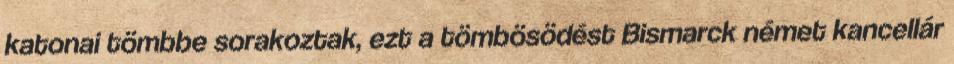
katonai tömbbe sorakoztak, ezt a tömbösödést Bismarck német kancellár